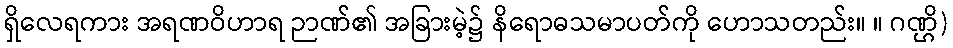
ရှိလေရကား အရဏဝိဟာရ ဉာဏ်၏ အခြားမဲ့၌ နိရောဓသမာပတ်ကို ဟောသတည်း။ ။ ဂဏ္ဌိ)